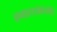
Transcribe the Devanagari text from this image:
खात्यांतर्गत